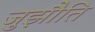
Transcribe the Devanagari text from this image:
जुझौति